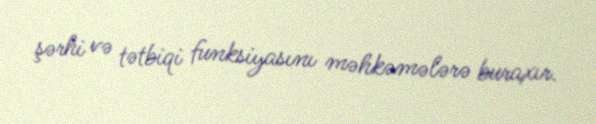
şərhi və tətbiqi funksiyasını məhkəmələrə buraxır.